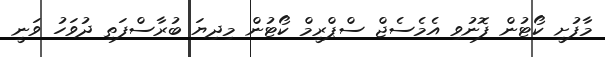
މާފުށީ ކޯޓުން ފޮނުވި އެމެސެޖް ސްޕްރީމް ކޯޓުން މިދިޔަ ބުރާސްފަތި ދުވަހު ވަނީ